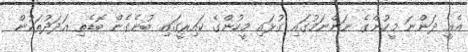
އެއީ ދަންނަ މީހުންގެ ނަންނަމުގައި ގުޅައި މީހުންގެ ކައިރީގައި ބުނެގެން ބޮޑެތި އަދަދުތަކުން